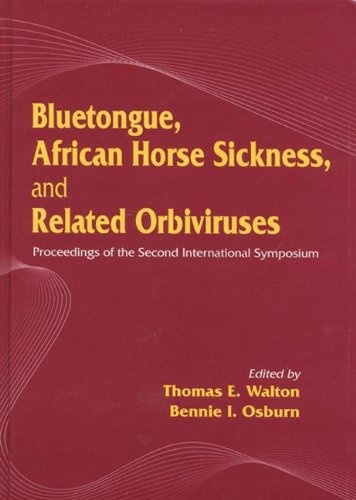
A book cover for Bluetongue, African Horse Sickness, and Related Orbiviruses: Proceedings of the Second International Symposium; Thomas E. Walton; Medical Books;